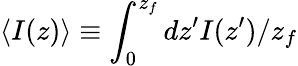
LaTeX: \langle I(z)\rangle\equiv\int_{0}^{z_{f}}dz^{\prime}I(z^{\prime})/z_{f}